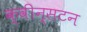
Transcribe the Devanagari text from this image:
क्वीन्सटन